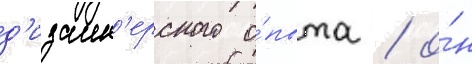
д'изаин'ерского о́пыта / о́н